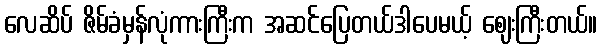
လေဆိပ် ဇိမ်ခံမှန်လုံကားကြီးက အဆင်ပြေတယ်ဒါပေမယ့် ဈေးကြီးတယ်။